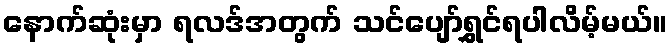
နောက်ဆုံးမှာ ရလဒ်အတွက် သင်ပျော်ရွှင်ရပါလိမ့်မယ်။